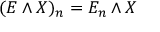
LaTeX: ( E \wedge X ) _ { n } = E _ { n } \wedge X